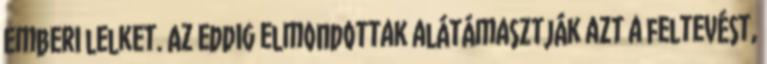
emberi lelket. Az eddig elmondottak alátámasztják azt a feltevést,